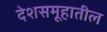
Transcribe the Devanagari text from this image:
देशसमूहातील